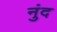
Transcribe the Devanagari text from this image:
नुंद